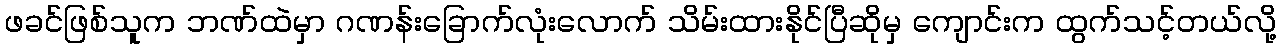
ဖခင်ဖြစ်သူက ဘဏ်ထဲမှာ ဂဏန်းခြောက်လုံးလောက် သိမ်းထားနိုင်ပြီဆိုမှ ကျောင်းက ထွက်သင့်တယ်လို့